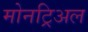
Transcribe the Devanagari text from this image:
मोनट्रिअल